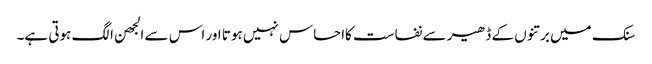
سنک میں برتنوں کے ڈھیر سے نفاست کااحساس نہیں ہوتا اور اس سے الجھن الگ ہوتی ہے۔